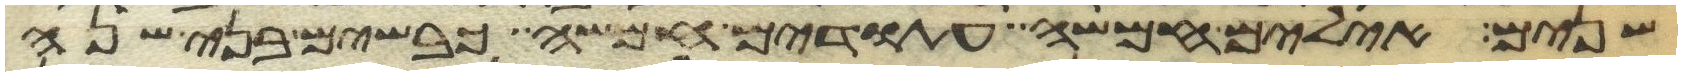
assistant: שנים אילים חמשה עתודים חמשה כבשים בני שנה